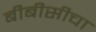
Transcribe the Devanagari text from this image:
बीबीसीचा